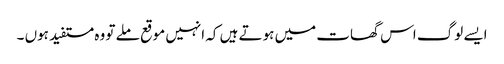
ایسے لوگ اس گھات میں ہوتے ہیں کہ انہیں موقع ملے تو وہ مستفید ہوں ۔